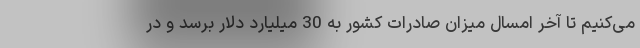
می‌کنیم تا آخر امسال میزان صادرات کشور به 30 میلیارد دلار برسد و در